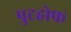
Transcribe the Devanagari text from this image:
पुटहोफ